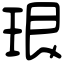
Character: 珢